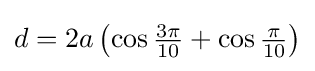
d=2a\left(\cos {\tfrac {3\pi }{10}}+\cos {\tfrac {\pi }{10}}\right)